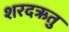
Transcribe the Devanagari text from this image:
शरदऋतु